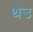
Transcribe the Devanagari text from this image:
थेउ